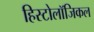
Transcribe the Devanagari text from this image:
हिस्टोलॉजिकल